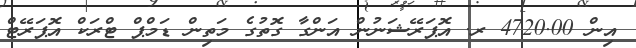
އިން 4720.00 ރ. އޮޕަރޭޝަނުން އަންގާ ގޮތުގެ މަތިން ޑަމްޕް ޓްރަކް އޮޕަރޭޓް